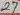
Text: 27